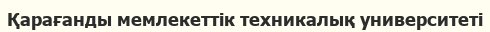
Қарағанды мемлекеттік техникалық университеті